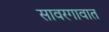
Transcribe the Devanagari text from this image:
सावरगावात